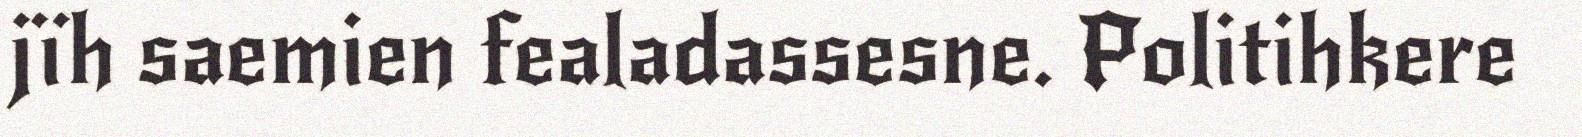
jïh saemien fealadassesne. Politihkere